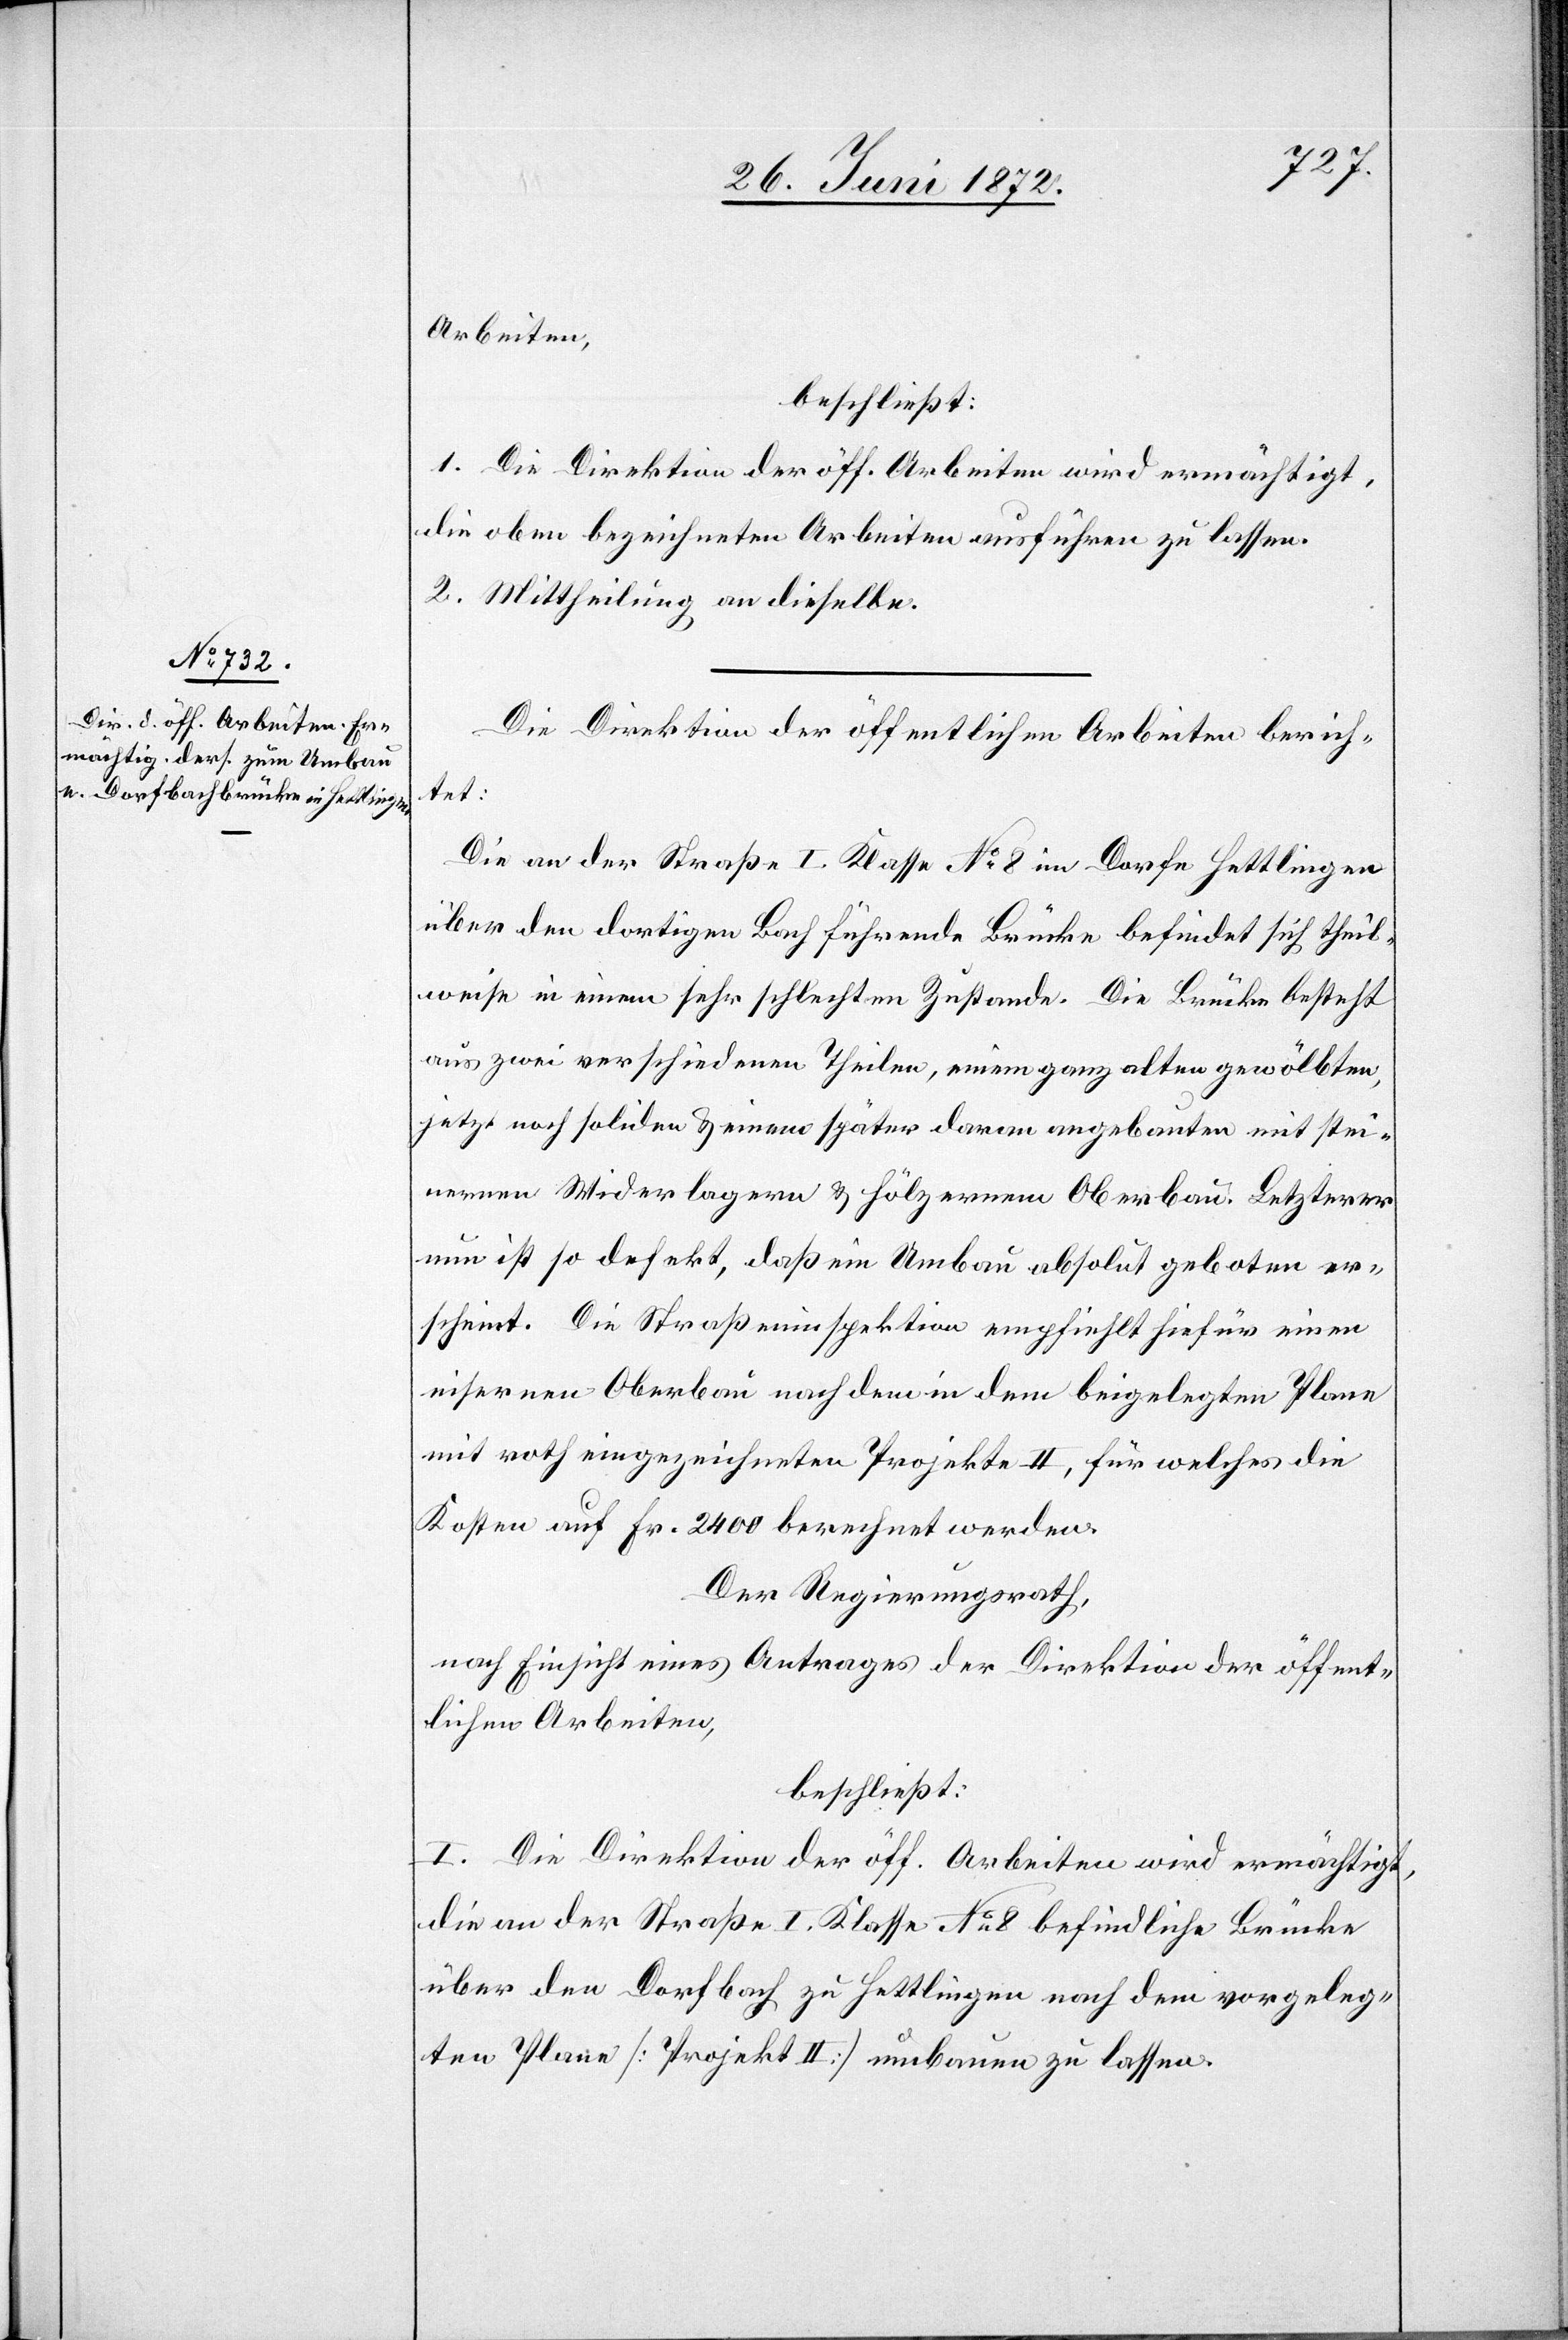
Arbeiten,
beschließt:
1. Die Direktion der öff. Arbeiten wird ermächtigt,
die oben bezeichneten Arbeiten ausführen zu lassen.
2. Mittheilung an dieselbe.
Die Direktion der öffentlichen Arbeiten berich¬
tet:
Die an der Straße I. Klasse No 8 im Dorfe Hettlingen
über den dortigen Bach führende Brücke befindet sich theil¬
weise in einem sehr schlechten Zustande. Die Brücke besteht
aus zwei verschiedenen Theilen, einem ganz alten gewölbten,
jetzt noch soliden u. einem später daran angebauten mit stei¬
nernen Widerlagern u. hölzernem Oberbau. Letzterer
nun ist so defekt, daß ein Umbau absolut geboten er¬
scheint. Die Straßeninspektion empfiehlt hiefür einen
eisernen Oberbau nach dem in dem beigelegten Plane
mit roth eingezeichneten Projekte II, für welches die
Kosten auf Fr. 2400 berechnet werden.
Der Regierungsrath,
nach Einsicht eines Antrages der Direktion der öffent¬
lichen Arbeiten,
beschließt:
I. Die Direktion der öff. Arbeiten wird ermächtigt,
die an der Straße I. Klasse No 8 befindliche Brücke
über den Dorfbach zu Hettlingen nach dem vorgeleg¬
ten Plane [Projekt II] umbauen zu lassen.